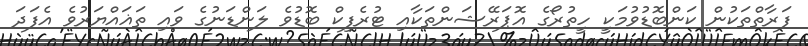
ފަރާތްތަކުން ކަންބޮޑުވުމަކީ ހީތުރޯގެ އޮޕަރޭޝަންތަކާއި ޓުރެފިކް ބޮޑުވެ ލަންޑަނުގެ ވައި ތަޣައްޔަރުވެ އެފަދަ